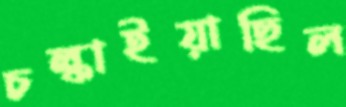
চল্‌কাইয়াছিল